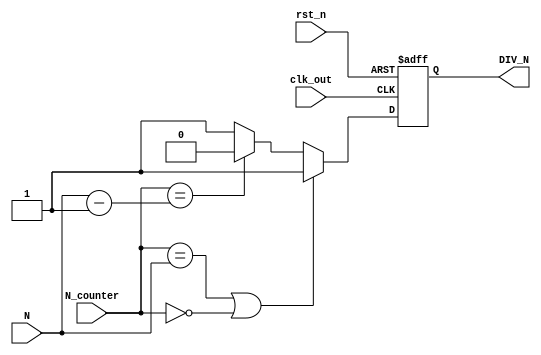
module FD_N(
  input [3:0] N,
  input clk_out,
  input rst_n,
  input [3:0] N_counter,
  output reg DIV_N  
);
  reg DIV_N_tmp;

  always @(posedge clk_out or negedge rst_n) begin
      if (!rst_n) begin
          DIV_N <= 0;
      end else begin
          DIV_N <= DIV_N_tmp;
      end 
  end

  always @(*) begin
    if (N_counter == N || N_counter == 3'd0) begin
      DIV_N_tmp <= 1;
    end else if (N_counter == N - 4'd1) begin
      DIV_N_tmp <= 0;
    end else begin
      DIV_N_tmp <= 1;
    end
  end 

endmodule